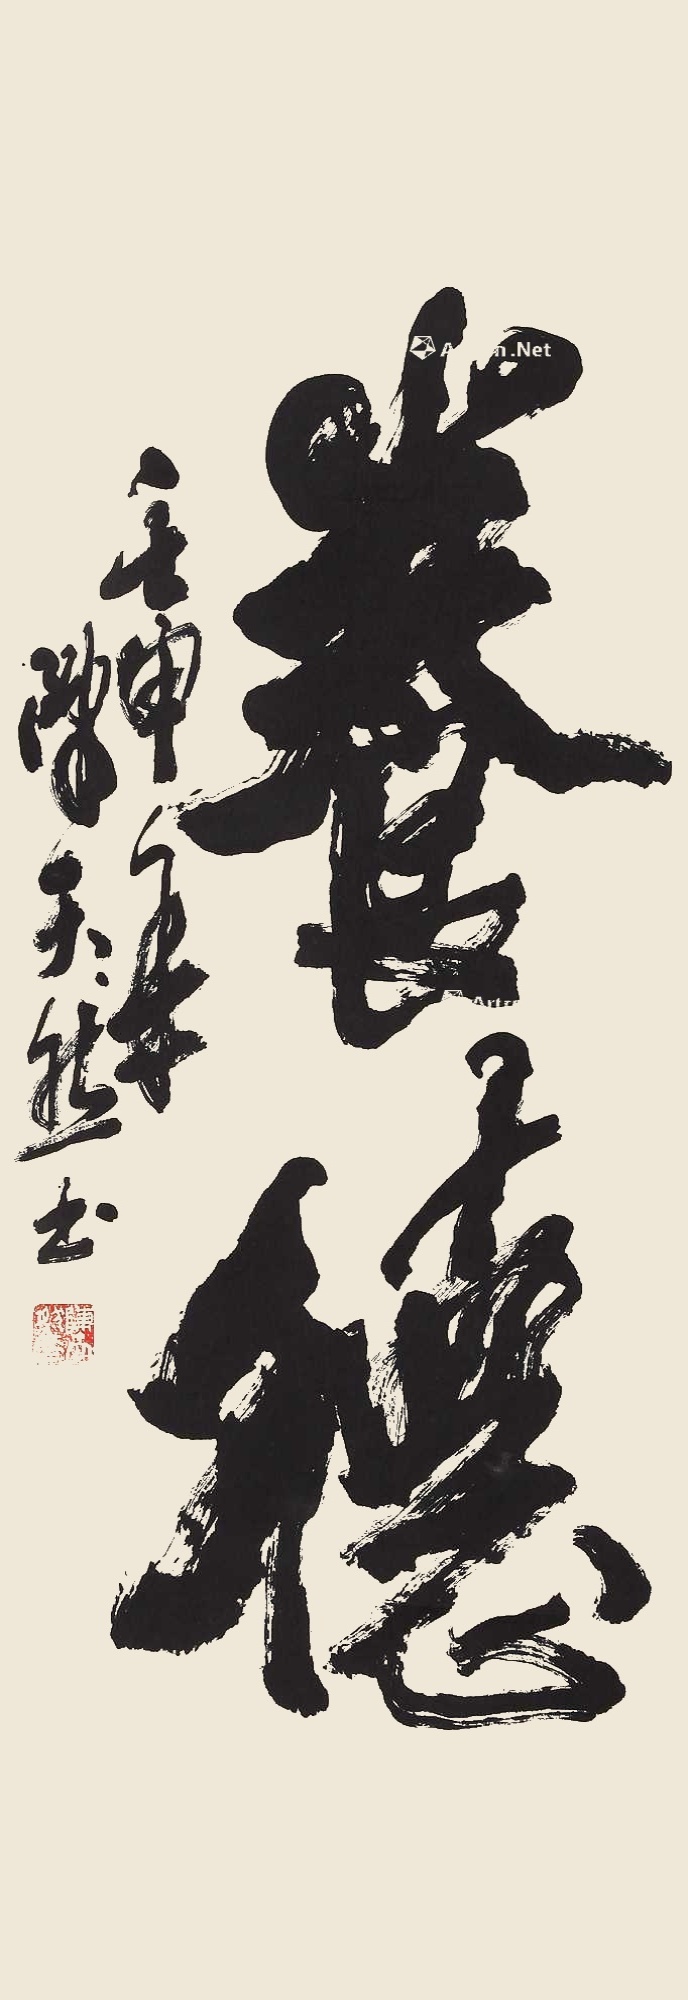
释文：养德壬申年，陈天然书。